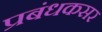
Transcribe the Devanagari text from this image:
प्रबंधकसर